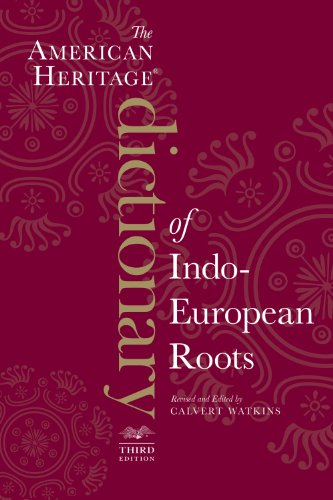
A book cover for The American Heritage Dictionary of Indo-European Roots, Third Edition; Calvert Watkins; Reference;